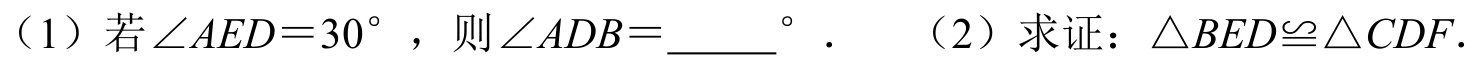
（1）若\(\angle AED = 30^{\circ}\)，则\(\angle ADB=\underline{\quad\quad}^{\circ}\)． （2）求证：\(\triangle BED\cong\triangle CDF\)．